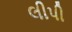
લીપી